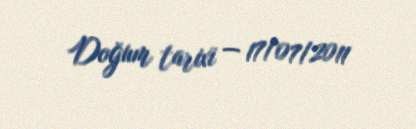
Doğum tarixi — 17/07/2011